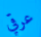
عرقي